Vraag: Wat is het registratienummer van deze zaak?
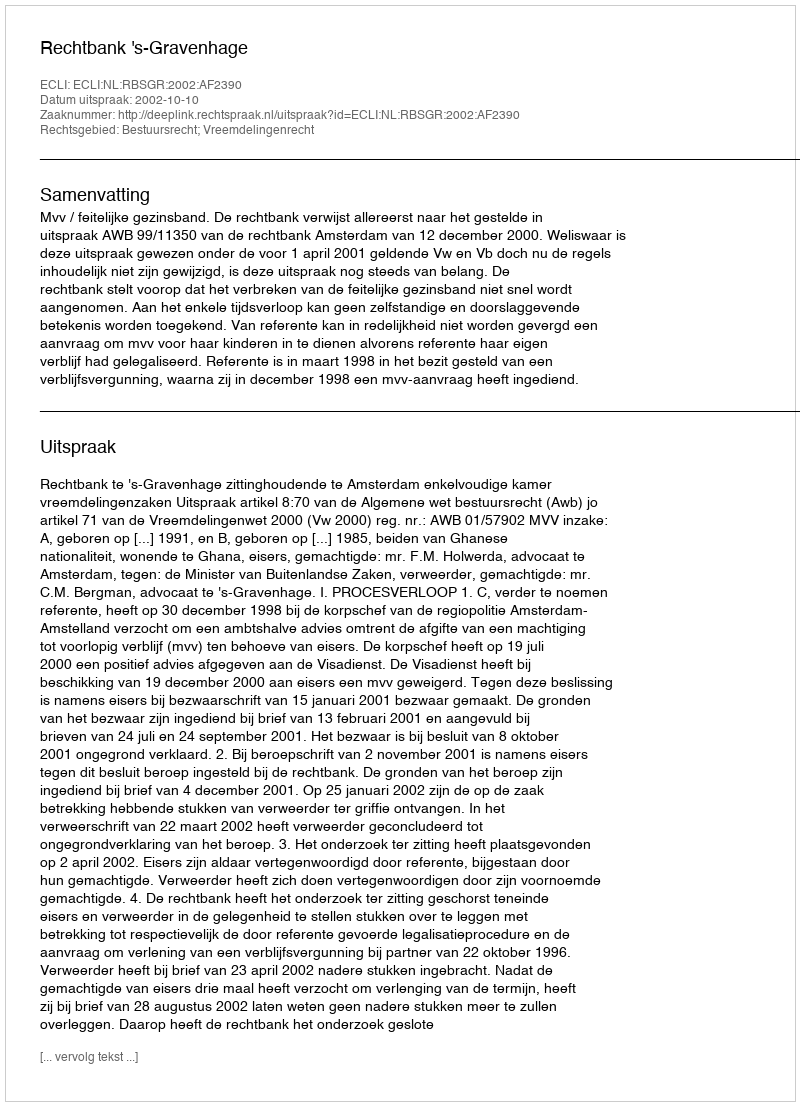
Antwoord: http://deeplink.rechtspraak.nl/uitspraak?id=ECLI:NL:RBSGR:2002:AF2390